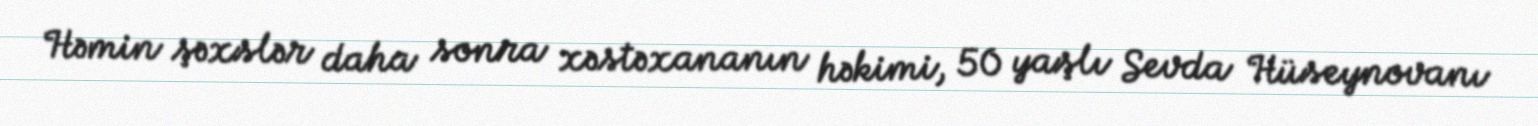
Həmin şəxslər daha sonra xəstəxananın həkimi, 50 yaşlı Sevda Hüseynovanı